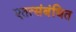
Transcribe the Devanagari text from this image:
एतत्संबंधित